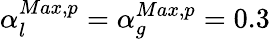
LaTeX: \alpha_{l}^{Max,p}=\alpha_{g}^{Max,p}=0.3